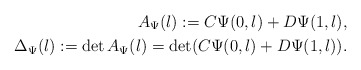
\begin{align*} A_{\Psi}(\l) := C \Psi(0,\l)+D \Psi(1,\l), \\ \Delta_{\Psi}(\l) := \det A_{\Psi}(\l)=\det (C \Psi(0,\l)+D \Psi(1,\l)).\end{align*}